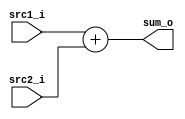
/***************************************************
Student Name:  Ia
Student ID: 0816137 0716241
***************************************************/

`timescale 1ns/1ps

module Adder(
    	input  [32-1:0] src1_i,
	input  [32-1:0] src2_i,
	output [32-1:0] sum_o
	);
    
/* Write your code HERE */
assign sum_o=src1_i+src2_i;

endmodule